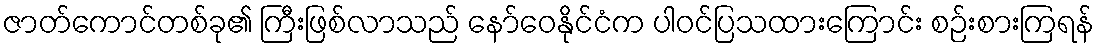
ဇာတ်ကောင်တစ်ခု၏ ကြီးဖြစ်လာသည် နော်ဝေနိုင်ငံက ပါဝင်ပြသထားကြောင်း စဉ်းစားကြရန်